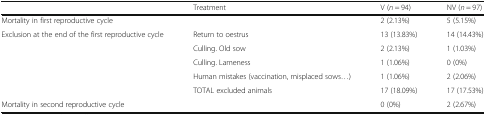
<table><thead><tr><td></td><td><b>Treatment</b></td><td><b>V (<i>n</i> = 94)</b></td><td><b>NV (<i>n</i> = 97)</b></td></tr></thead><tbody><tr><td colspan="2">Mortality in first reproductive cycle</td><td>2 (2.13%)</td><td>5 (5.15%)</td></tr><tr><td rowspan="5">Exclusion at the end of the first reproductive cycle</td><td>Return to oestrus</td><td>13 (13.83%)</td><td>14 (14.43%)</td></tr><tr><td>Culling. Old sow</td><td>2 (2.13%)</td><td>1 (1.03%)</td></tr><tr><td>Culling. Lameness</td><td>1 (1.06%)</td><td>0 (0%)</td></tr><tr><td>Human mistakes (vaccination, misplaced sows...)</td><td>1 (1.06%)</td><td>2 (2.06%)</td></tr><tr><td>TOTAL excluded animals</td><td>17 (18.09%)</td><td>17 (17.53%)</td></tr><tr><td colspan="2">Mortality in second reproductive cycle</td><td>0 (0%)</td><td>2 (2.67%)</td></tr></tbody></table>